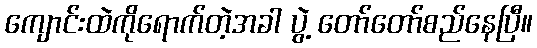
ကျောင်းထဲကိုရောက်တဲ့အခါ ပွဲ့ တော်တော်စည်နေပြီ။